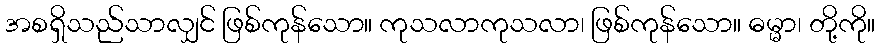
အစရှိသည်သာလျှင် ဖြစ်ကုန်သော။ ကုသလာကုသလာ၊ ဖြစ်ကုန်သော။ ဓမ္မာ၊ တို့ကို။